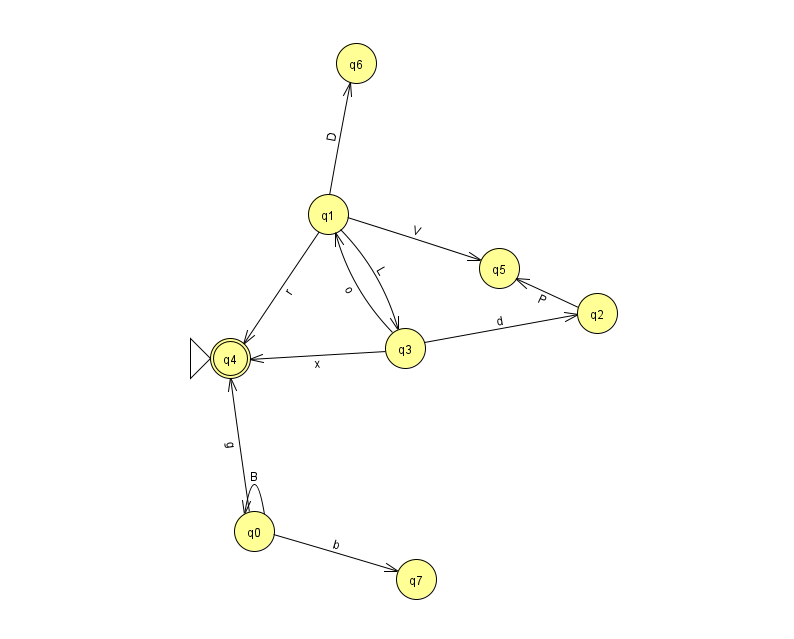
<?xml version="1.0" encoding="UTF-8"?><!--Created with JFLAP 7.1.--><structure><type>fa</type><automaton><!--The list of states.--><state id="0" name="q0"><x>254.0</x><y>518.0</y></state><state id="1" name="q1"><x>328.0</x><y>201.0</y></state><state id="2" name="q2"><x>597.0</x><y>300.0</y></state><state id="3" name="q3"><x>405.0</x><y>335.0</y></state><state id="4" name="q4"><x>230.0</x><y>345.0</y><initial/><final/></state><state id="5" name="q5"><x>499.0</x><y>255.0</y></state><state id="6" name="q6"><x>356.0</x><y>50.0</y></state><state id="7" name="q7"><x>416.0</x><y>566.0</y></state><!--The list of transitions.--><transition><from>0</from><to>0</to><read>B</read></transition><transition><from>1</from><to>4</to><read>r</read></transition><transition><from>1</from><to>6</to><read>D</read></transition><transition><from>3</from><to>2</to><read>d</read></transition><transition><from>2</from><to>5</to><read>P</read></transition><transition><from>0</from><to>7</to><read>b</read></transition><transition><from>0</from><to>4</to><read>g</read></transition><transition><from>3</from><to>1</to><read>o</read></transition><transition><from>3</from><to>4</to><read>x</read></transition><transition><from>1</from><to>3</to><read>L</read></transition><transition><from>1</from><to>5</to><read>V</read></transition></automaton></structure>